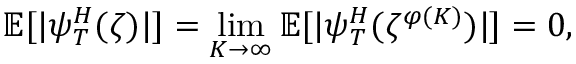
\mathbb { E } [ | \psi _ { T } ^ { H } ( \zeta ) | ] = \operatorname* { l i m } _ { K \to \infty } \mathbb { E } [ | \psi _ { T } ^ { H } ( \zeta ^ { \varphi ( K ) } ) | ] = 0 ,